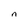
Character: n